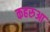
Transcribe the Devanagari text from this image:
कहरुआ